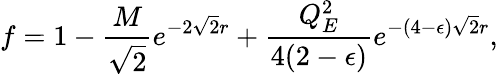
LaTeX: f=1-{\frac{M}{\sqrt 2}}e^{-2\sqrt 2r}+{\frac{Q_{E}^{2}}{4(2-\epsilon)}}e^{-(4-\epsilon)\sqrt 2r},